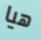
هيا